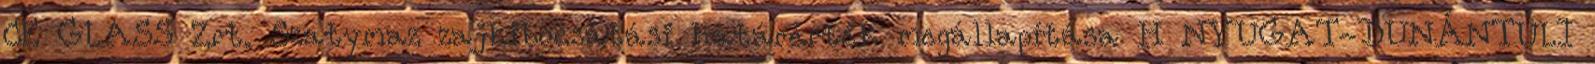
CE GLASS Zrt. Szatymaz zajkibocsátási határérték megállapítása H NYUGAT-DUNÁNTÚLI